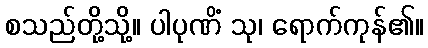
စသည်တို့သို့။ ပါပုဏိံ သု၊ ရောက်ကုန်၏။